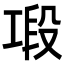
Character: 𢀤